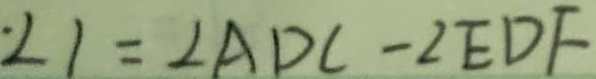
\angle 1 = \angle A D C - \angle E D F